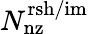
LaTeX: N_{\mathrm{nz}}^{\mathrm{rsh/im}}